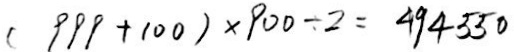
( 9 9 9 + 1 0 0 ) \times 9 0 0 \div 2 = 4 9 4 5 5 0